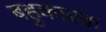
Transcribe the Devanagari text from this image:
बहुकारक